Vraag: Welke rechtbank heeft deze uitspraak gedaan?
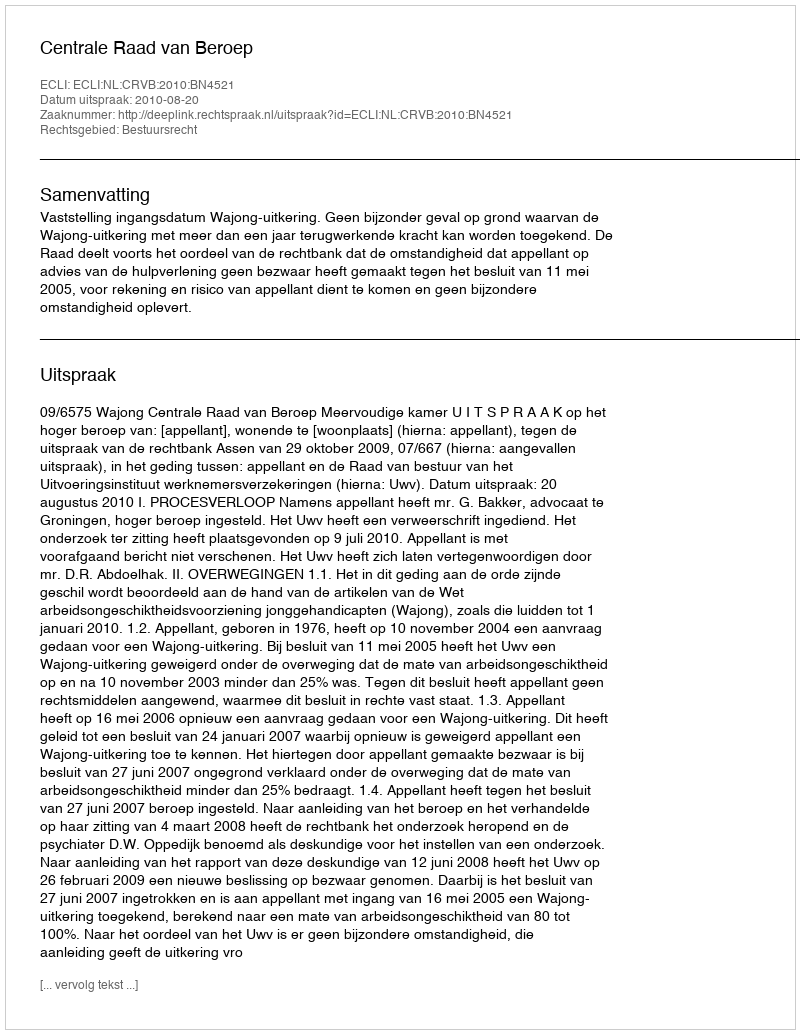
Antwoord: Centrale Raad van Beroep